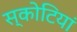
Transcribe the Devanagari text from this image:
स्कोटियां